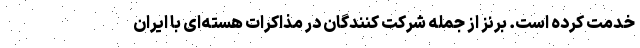
خدمت کرده است. برنز از جمله شرکت کنندگان در مذاکرات هسته‌ای با ایران